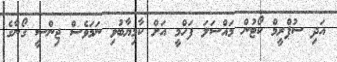
އަދި ސުޕްރީމް ކޯޓުން މައްސަލަ ފަހްމީ އަށް ކާމިޔާބުވި ނަމަވެސް ޖިންސީ ގޯނާގެ